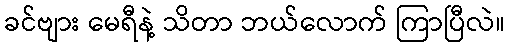
ခင်ဗျား မေရီနဲ့ သိတာ ဘယ်လောက် ကြာပြီလဲ။